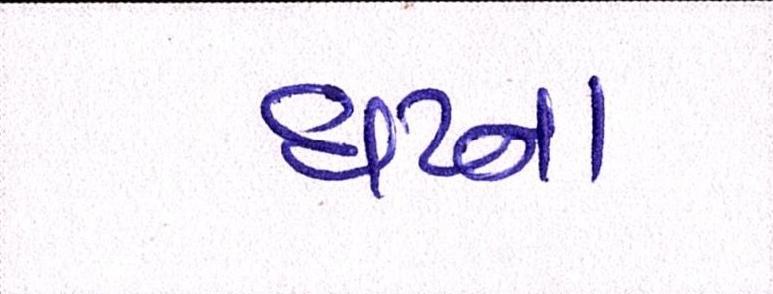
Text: ઘટના